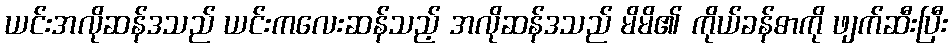
ယင်းအလိုဆန်ဒသည် ယင်းကလေးဆန်သည့် အလိုဆန်ဒသည် မိမိ၏ ကိုယ်ခန်ဓာကို ဖျက်ဆီးပြီး